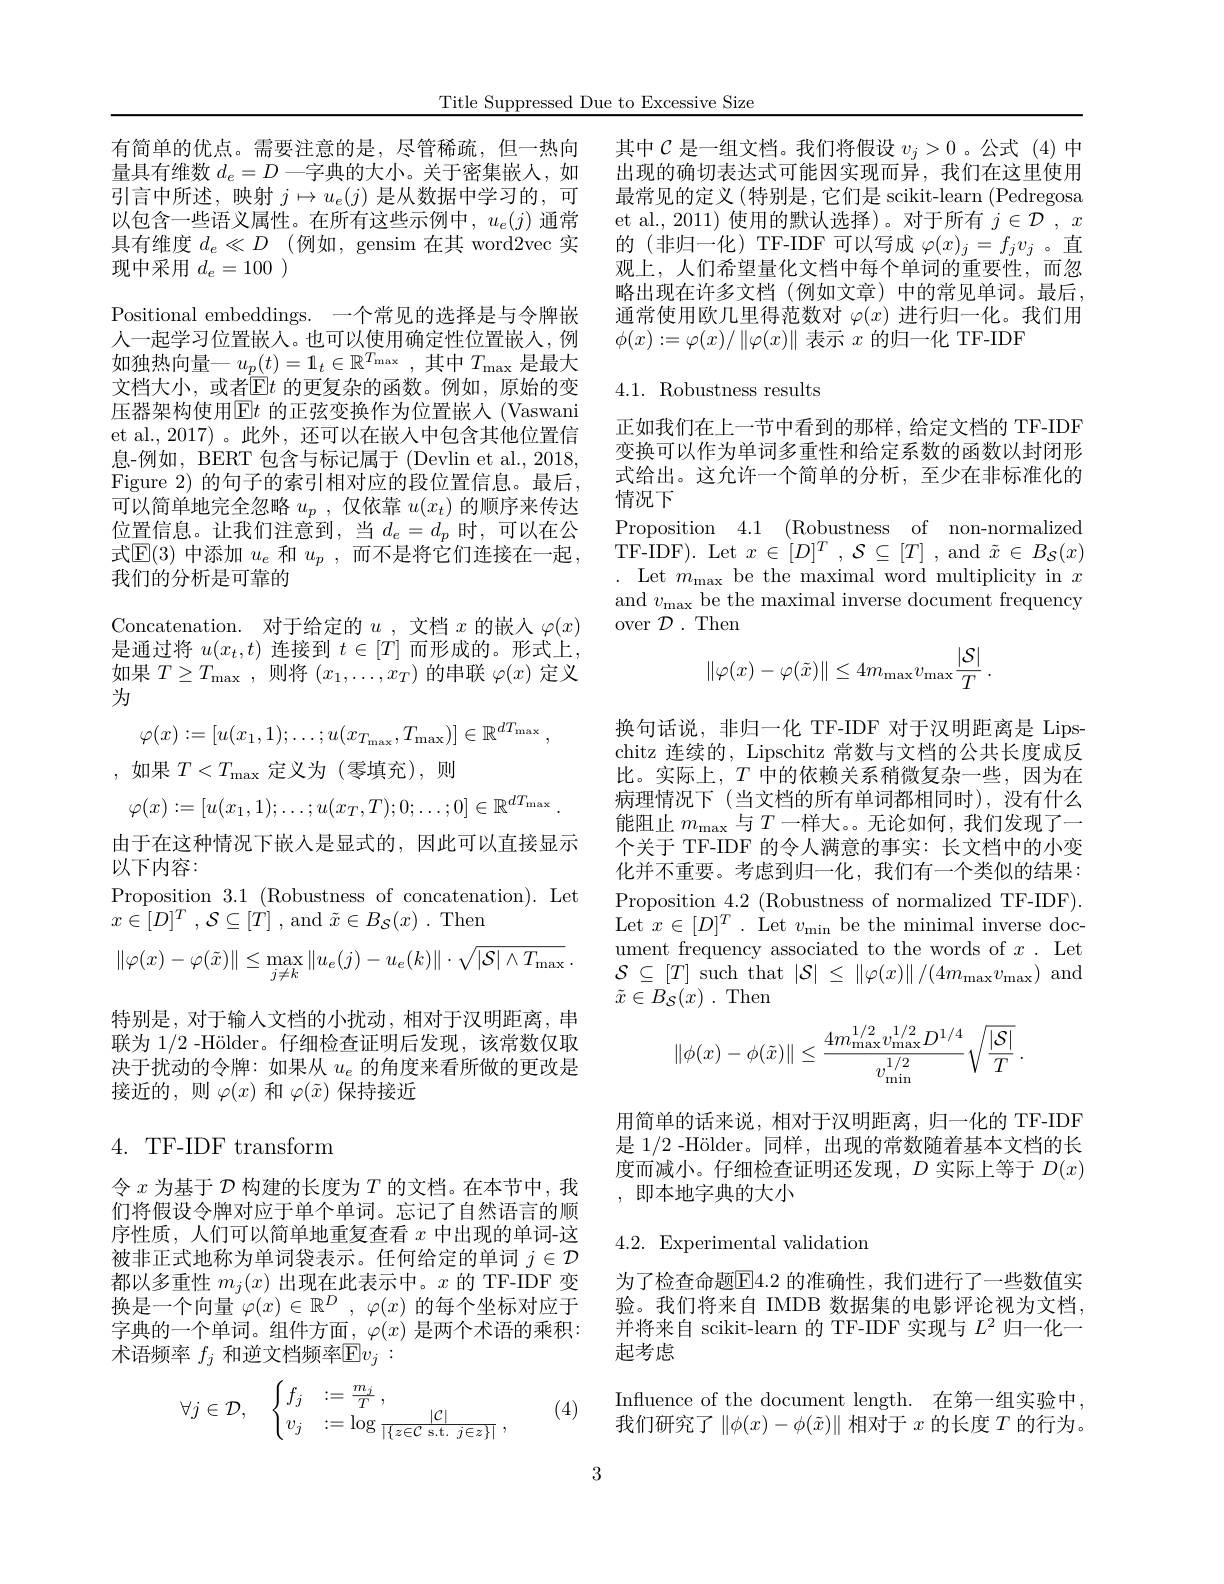
Title Suppressed Due to Excessive Size

有简单的优点。需要注意的是，尽管稀疏，但一热向量具有维数$d_e=D$一字典的大小。关于密集嵌人，如引言中所述，映射$j\mapsto u_e(j)$是从数据中学习的，可以包含一些语义属性。在所有这些示例中，$u_e(j)$通常具有维度 $d_e\ll D$ (例如，gensim 在其 word2vec 实现中采用$d_e=100)$
Positional embeddings. 一个常见的选择是与令牌嵌人一起学习位置嵌入。也可以使用确定性位置嵌入，例如独热向量一$u_p(t)=1_t\in\mathbb{R}^{T_{\mathrm{max}}}$,其中$T_\mathrm{max}$是最大文档大小，或者$\underline {[ }$E$] t$ 的更复杂的函数。例如，原始的变压器架构使用$\operatorname{E}t$ 的正弦变换作为位置嵌入(Vaswani et al.,2017) 。此外，还可以在嵌人中包含其他位置信息-例如，BERT 包含与标记属于 (Devlin et al., 2018, Figure 2) 的句子的索引相对应的段位置信息。最后， 可以简单地完全忽略$u_p$ ,仅依靠$u(x_t)$的顺序来传达位置信息。让我们注意到，当$d_e=d_p$时，可以在公式$\mathbb{E}(3)$中添加$u_e$和$u_p$,而不是将它们连接在一起， 我们的分析是可靠的
Concatenation. 对于给定的$u$ ,文档$x$的嵌人$\varphi(x)$ 是通过将$u(x_t,t)$连接到$t\in[T]$而形成的。形式上， 如果$T\geq T_\max$,则将$(x_1,\ldots,x_T)$的串联$\varphi(x)$定义为
$$\varphi(x):=[u(x_1,1);\ldots;u(x_{T_{\max}},T_{\max})]\in\mathbb{R}^{dT_{\max}}\:,$$
,如果$T<T_\mathrm{max}$定义为(零填充),则
$$\varphi(x):=[u(x_1,1);\dots;u(x_T,T);0;\dots;0]\in\mathbb{R}^{dT_{\max}}\:.$$
由于在这种情况下嵌入是显式的，因此可以直接显示
以下内容：
Proposition 3.1 (Robustness of concatenation). Let
$x\in [ D] ^T$ , $\mathcal{S} \subseteq [ T]$ ,and $\tilde{x} \in B_\mathcal{S} ( x)$ .Then
$$\begin{aligned}\|\varphi(x)-\varphi(\tilde{x})\|\leq\max_{j\neq k}\|u_e(j)-u_e(k)\|\cdot\sqrt{|\mathcal{S}|\wedge T_{\max}}\:.\end{aligned}$$
特别是，对于输人文档的小扰动，相对于汉明距离，串联为 1/2 -Hölder。仔细检查证明后发现，该常数仅取决于扰动的令牌：如果从$u_e$的角度来看所做的更改是接近的，则$\varphi(x)$和$\varphi(\tilde{x})$保持接近
4. TF-IDF transform

令$x$为基于$\mathcal{D}$构建的长度为$T$的文档。在本节中，我们将假设令牌对应于单个单词。忘记了自然语言的顺序性质，人们可以简单地重复查看$x$中出现的单词-这被非正式地称为单词袋表示。任何给定的单词$j\in\mathcal{D}$ 都以多重性$m_j(x)$出现在此表示中。$x$的 TF-IDF 变换是一个向量$\varphi(x)\in\mathbb{R}^D,\varphi(x)$的每个坐标对应于字典的一个单词。组件方面，$\varphi(x)$是两个术语的乘积： 术语频率 $f_j$ 和逆文档频率$\mathbb{E}v_j:$

(4)
$$\forall j\in\mathcal{D},\quad\begin{cases}f_j&:=\frac{m_j}{T}\:,\\v_j&:=\log\frac{|\mathcal{C}|}{|\{z\in\mathcal{C}\text{s.t.}j\in z\}|}\:,\end{cases}$$
其中$\mathcal{C}$ 是一组文档。我们将假设 $v_j>0$ 。公式(4)中出现的确切表达式可能因实现而异，我们在这里使用最常见的定义(特别是，它们是 scikit-learn (Pedregosa $\begin{array}{l}\mathrm{et~al.,~2011)~使用的默认选择)~。对于所有~}j\in\mathcal{D}~,~x\\\text{的(非归一化)TF-IDF 可以写成 }\varphi(x)_{j}=f_{j}v_{j}~。\text{直}\end{array}$ 观上，人们希望量化文档中每个单词的重要性，而忽略出现在许多文档(例如文章)中的常见单词。最后， 通常使用欧几里得范数对$\varphi(x)$进行归一化。我们用$\phi(x):=\varphi(x)/\left\|\varphi(x)\right\|$表示$x$的归一化 TF-IDF

## $4.1.{\mathrm{Robustness~results}}$

正如我们在上一节中看到的那样，给定文档的 TF-IDF 变换可以作为单词多重性和给定系数的函数以封闭形式给出。这允许一个简单的分析，至少在非标准化的情况下
Proposition 4.1 (Robustness of non-normalized TF-IDF). Let $x\in[D]^T,\mathcal{S}\subseteq[T]$ , and $\tilde{x}\in B_\mathcal{S}(x)$ . Let$m_\mathrm{max}$be the maximal word multiplicity in $x$ and $v_\mathrm{max}$ be the maximal inverse document frequency over $\mathcal{D}.$ Then
$$\|\varphi(x)-\varphi(\tilde{x})\|\leq4m_{\mathrm{max}}v_{\mathrm{max}}\frac{|\mathcal{S}|}{T}\:.$$
换句话说，非归一化 TF-IDF 对于汉明距离是 Lipschitz 连续的，Lipschitz 常数与文档的公共长度成反比。实际上，$T$中的依赖关系稍微复杂一些，因为在病理情况下(当文档的所有单词都相同时),没有什么能阻止$m_\mathrm{max}$与$T$一样大。无论如何，我们发现了一个关于 TF-IDF 的令人满意的事实：长文档中的小变化并不重要。考虑到归一化，我们有一个类似的结果： Proposition 4.2 (Robustness of normalized TF-IDF). Let $x\in[D]^{T}.$ Let $v_{\mathrm{min}}$ be the minimal inverse document frequency associated to the words of $x.$ Let $\mathcal{S} \subseteq [ T] \overset {\mathrm{such~that~}}{\operatorname* { \operatorname* { \operatorname* { that } } } }| \mathcal{S} | \leq \| \varphi ( x) \| / ( 4m_{\max }v_{\max })$ and $\tilde{x} \in B_{\mathcal{S} }( x)$ .Then
$$\|\phi(x)-\phi(\tilde{x})\|\leq\frac{4m_{\max}^{1/2}v_{\max}^{1/2}D^{1/4}}{v_{\min}^{1/2}}\sqrt{\frac{|\mathcal{S}|}{T}}\:.$$
用简单的话来说，相对于汉明距离，归一化的 TF-IDF 是 1/2 -Hölder。同样，出现的常数随着基本文档的长度而减小。仔细检查证明还发现，$D$实际上等于$D(x)$ ,即本地字典的大小

## 4.2. Experimental validation

为了检查命题$\overline{\mathrm{E}}4.2$ 的准确性，我们进行了一些数值实验。我们将来自 IMDB 数据集的电影评论视为文档， 并将来自 scikit-learn 的 TF-IDF 实现与$L^2$归一化一起考虑

Influence of the document length. 在第一组实验中， 我们研究了$\left\|\phi(x)-\phi(\tilde{x})\right\|\bar{\text{相对于 }x\text{ 的长度 }T\text{ 的行为。}}$

3